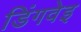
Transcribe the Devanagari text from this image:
डिंगवेइ